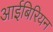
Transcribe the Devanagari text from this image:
आईबिरियन